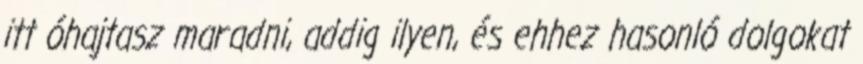
itt óhajtasz maradni, addig ilyen, és ehhez hasonló dolgokat